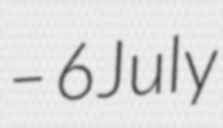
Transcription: – 6 July